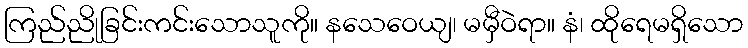
ကြည်ညိုခြင်းကင်းသောသူကို။ နသေဝေယျ၊ မမှီဝဲရာ။ နံ၊ ထိုရေမရှိသော